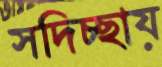
সদিচ্ছায়